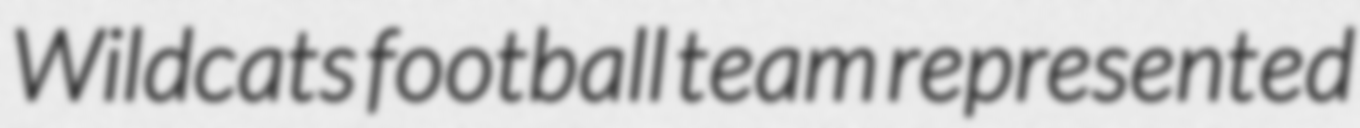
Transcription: Wildcats football team represented